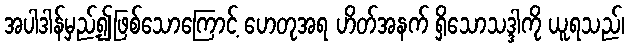
အပါဒါန်မှည့်၍ဖြစ်သောကြောင့် ဟေတုအရ ဟိတ်အနက် ရှိသောသဒ္ဒါကို ယူရသည်၊